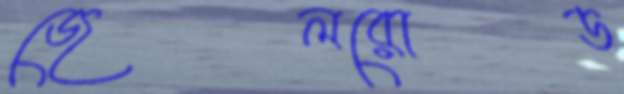
জেলরোড